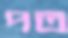
পত